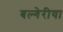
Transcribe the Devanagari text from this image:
बल्गेरीया